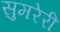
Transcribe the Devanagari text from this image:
सुमरेरी